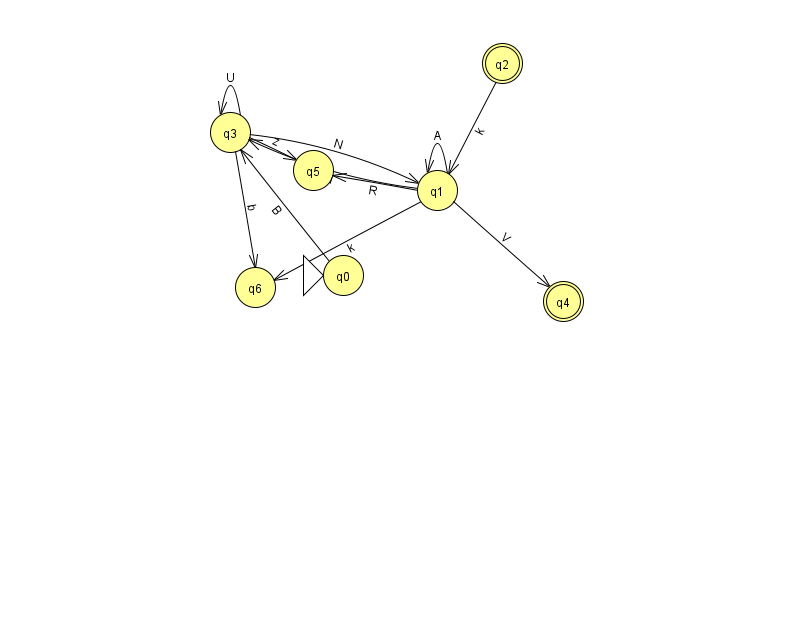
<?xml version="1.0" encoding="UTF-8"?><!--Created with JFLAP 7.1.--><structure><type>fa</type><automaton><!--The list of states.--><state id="0" name="q0"><x>343.0</x><y>262.0</y><initial/></state><state id="1" name="q1"><x>437.0</x><y>177.0</y></state><state id="2" name="q2"><x>502.0</x><y>50.0</y><final/></state><state id="3" name="q3"><x>230.0</x><y>119.0</y></state><state id="4" name="q4"><x>563.0</x><y>288.0</y><final/></state><state id="5" name="q5"><x>313.0</x><y>157.0</y></state><state id="6" name="q6"><x>255.0</x><y>274.0</y></state><!--The list of transitions.--><transition><from>1</from><to>1</to><read>A</read></transition><transition><from>1</from><to>6</to><read>k</read></transition><transition><from>1</from><to>5</to><read>R</read></transition><transition><from>3</from><to>3</to><read>U</read></transition><transition><from>0</from><to>3</to><read>B</read></transition><transition><from>1</from><to>4</to><read>V</read></transition><transition><from>2</from><to>1</to><read>k</read></transition><transition><from>3</from><to>6</to><read>b</read></transition><transition><from>1</from><to>3</to><read>m</read></transition><transition><from>3</from><to>5</to><read>z</read></transition><transition><from>3</from><to>1</to><read>N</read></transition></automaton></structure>